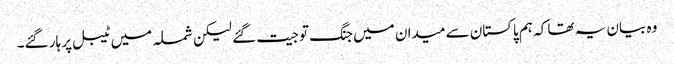
وہ بیان یہ تھا کہ ہم پاکستان سے میدان میں جنگ تو جیت گئے لیکن شملہ میں ٹیبل پر ہار گئے۔